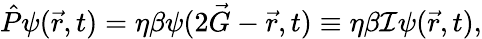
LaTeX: \hat{P}\psi(\vec{r},t)=\eta\beta\psi(2\vec{G}-\vec{r},t)\equiv\eta\beta\mathcal{I}\psi(\vec{r},t),